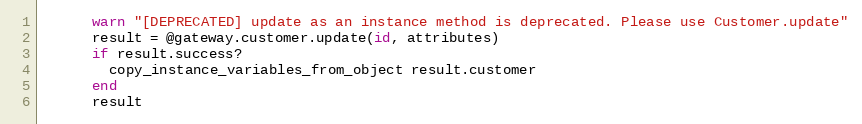
Language: Ruby
      warn "[DEPRECATED] update as an instance method is deprecated. Please use Customer.update"
      result = @gateway.customer.update(id, attributes)
      if result.success?
        copy_instance_variables_from_object result.customer
      end
      result